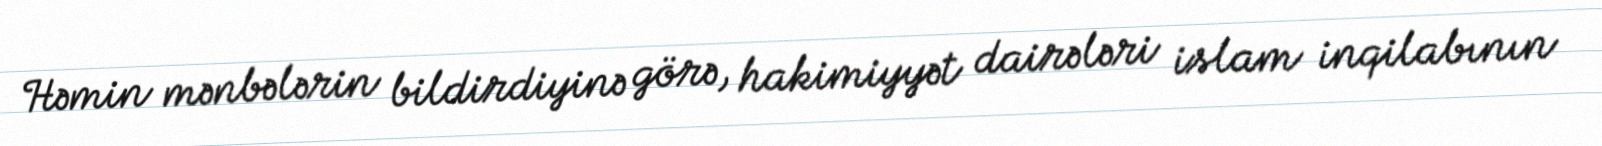
Həmin mənbələrin bildirdiyinə görə, hakimiyyət dairələri islam inqilabının